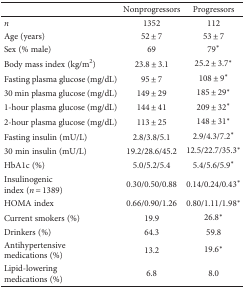
<table><thead><tr><td></td><td><b>Nonprogressors</b></td><td><b>Progressors</b></td></tr></thead><tbody><tr><td><i>n</i></td><td>1352</td><td>112</td></tr><tr><td>Age (years)</td><td>52 ± 7</td><td>53 ± 7</td></tr><tr><td>Sex (% male)</td><td>69</td><td>79<sup>∗</sup></td></tr><tr><td>Body mass index (kg/m<sup>2</sup>)</td><td>23.8 ± 3.1</td><td>25.2 ± 3.7<sup>∗</sup></td></tr><tr><td>Fasting plasma glucose (mg/dL)</td><td>95 ± 7</td><td>108 ± 9<sup>∗</sup></td></tr><tr><td>30 min plasma glucose (mg/dL)</td><td>149 ± 29</td><td>185 ± 29<sup>∗</sup></td></tr><tr><td>1-hour plasma glucose (mg/dL)</td><td>144 ± 41</td><td>209 ± 32<sup>∗</sup></td></tr><tr><td>2-hour plasma glucose (mg/dL)</td><td>113 ± 25</td><td>148 ± 31<sup>∗</sup></td></tr><tr><td>Fasting insulin (mU/L)</td><td>2.8/3.8/5.1</td><td>2.9/4.3/7.2<sup>∗</sup></td></tr><tr><td>30 min insulin (mU/L)</td><td>19.2/28.6/45.2</td><td>12.5/22.7/35.3<sup>∗</sup></td></tr><tr><td>HbA1c (%)</td><td>5.0/5.2/5.4</td><td>5.4/5.6/5.9<sup>∗</sup></td></tr><tr><td>Insulinogenic index (<i>n</i> = 1389)</td><td>0.30/0.50/0.88</td><td>0.14/0.24/0.43<sup>∗</sup></td></tr><tr><td>HOMA index</td><td>0.66/0.90/1.26</td><td>0.80/1.11/1.98<sup>∗</sup></td></tr><tr><td>Current smokers (%)</td><td>19.9</td><td>26.8<sup>∗</sup></td></tr><tr><td>Drinkers (%)</td><td>64.3</td><td>59.8</td></tr><tr><td>Antihypertensive medications (%)</td><td>13.2</td><td>19.6<sup>∗</sup></td></tr><tr><td>Lipid-lowering medications (%)</td><td>6.8</td><td>8.0</td></tr></tbody></table>